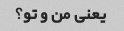
یعنی من و تو؟